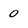
Character: 0